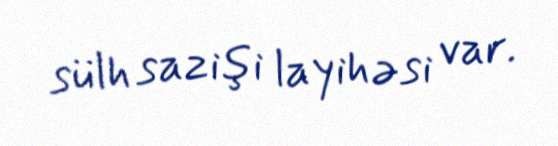
sülh sazişi layihəsi var.